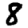
Digit: 8